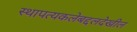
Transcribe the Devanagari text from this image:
स्थापत्यकलेबद्दलदेखील